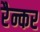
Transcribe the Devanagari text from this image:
रैन्कर